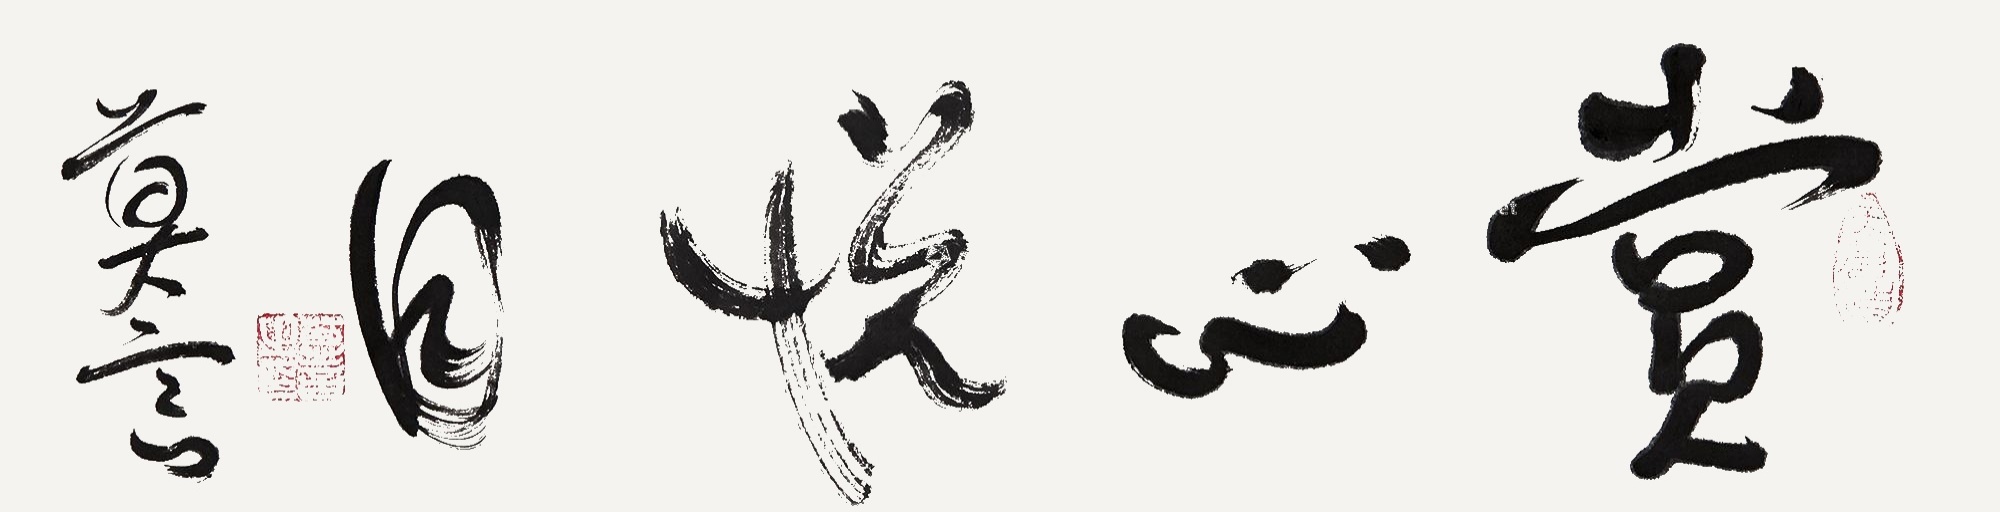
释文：赏心悦目。莫言。